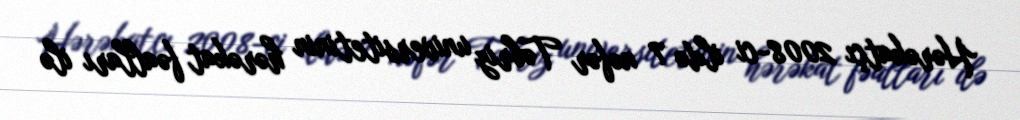
Hərəkatçı 2008-ci ildə 7 nəfər Təbriz universitetinin hərəkat fəalları ilə